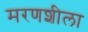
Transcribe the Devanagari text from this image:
मरणशीला